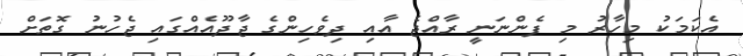
އެކަމަކު މިހާރު މި ފެންނަނީ ރާއްޖެ އާއި ދިވެހިންގެ ޖާދޫއެއްގައި ޖެހުނު ގޮތަށް